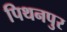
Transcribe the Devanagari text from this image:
पिथनपुर